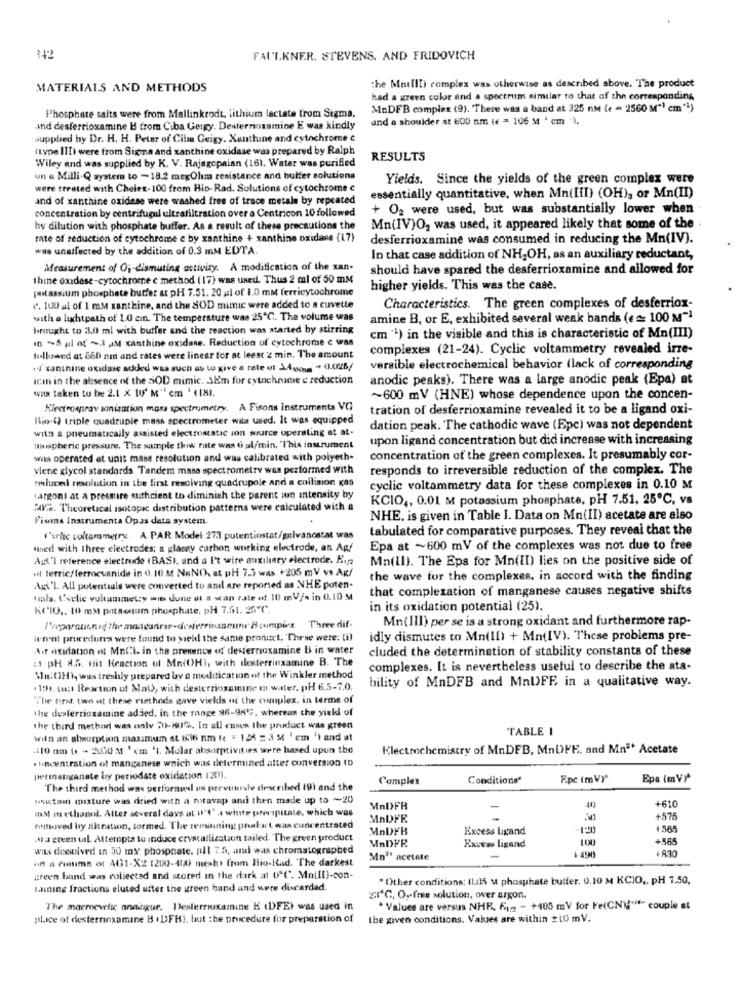
₹42
FAULKNER. STEVENS. AND FRIDOVICH
MATERIALS AND METHODS
the Mntllli complex was otherwise as described above. The product
had a green color and a spectrum similar to that of the corresponding
MnDEB complex (9). "There was a band at 325 nm (e = 2560 M"1 cm"1)
Phosphate saits were from Mallinkrodt, lithium lactate from Sigma,
und a shoulder at 600 nm ( = 106 M ' cm ).
.ind desferrioxamine B trom Ciba Geigy. Desferriozamine E was kindly
supplied by Dr. H. H. Peter of Ciba Geigy. Xanthine and cytochrome c
(type III) were from Sigma and xanthine oxidase was prepared by Ralph
Wiley and was supplied by K. V. Rajagopalan (161. Water was purified
RESULTS
un a Milli-Q system to -18.2 mexOhm resistance and butter solutions
Yields. Since the yields of the green complex were
were treated with Cheles-100 from Hip-Rad. Solutions of cytochrome e
and of xanthine oxidase were washed free of trace metals by repeated
essentially quantitative, when Mn(III) (OH), or Mn(II)
concentration by centrifugal ultrafiltration over a Centricon 10 followed
+ O2 were used, but was substantially lower when
hy dilution with phosphate buffer. As a result of these precautions the
Mn(IV)O, was used, it appeared likely that some of the .
rate of reduction of cytochrome e by xanthine + xanthine oxidane (17)
desferrioxamine was consumed in reducing the Mn(IV).
was unwifected by the addition of 0.3 mM EDTA.
In that case addition of NH2OH, as an auxiliary reductant,
Measurement of Oj-dismuting activity. A modification of the xan-
should have spared the desferrioxamine and allowed for
thine oxidase-cytochrome c method (17) was used. Thus 2 ml of 50 mM
potassium phosphate butter at pH 7.51. 20 al of 1.0 mM (erricytochrome
higher yields. This was the case.
e. 100 al of 1 mM xanthine, and the SOD mimic were added to a cuvette
Characteristics. The green complexes of desferriox-
with e lightpath of 1.0 cm. The temperature was 25℃. The volume was
amine B, or E, exhibited several weak bands (€= 100 M"]
brought to :10 ml with butter and the reaction was started by stirring
in >A pil of >it JM xanthine oxidune. Reduction of cytochrome c was
cm "') in the visible and this is characteristic of Mn(III)
complexes (21-24). Cyclic voltammetry revealed irze-
followed at 660 ne and rates were linear for at leest 2 min. The amount
+4 xanthine oxidase added was such as to give a rete of 34som - (.025/
versible electrochemical behavior (lack of corresponding
iran in the absence of the SOD mimic. alm for cytochrome c reduction
anodic peaks). There was a large anodic peak (Epa) at
was taken to be 2.1 x 10' M" em ' (181.
~600 mV (HNE) whose dependence upon the concen-
Hiretrospray sonization mass spectrometry. A Fisons instruments VG
tration of desferrioxamine revealed it to be a ligand oxi-
Rio-4) triple quadruple mass spectrometer wia used. It was equipped
with a pneumatically assisted electromatic ion source operating st at.
dation peak. The cathodic wave (Epc) was not dependent
upon ligand concentration but did increase with increasing
wwwspheric pressure. The sample tkiw rate was 6 ul/min. "This instrument
wiis operated at unit mase resolution and was calibrated with polyeth-
concentration of the green complexes. It presumably cor-
ylene glycol standards. Tandem mass spectrometry was performed with
responds to irreversible reduction of the complex. The
resluced resolution in the first resolving quadrupole and a collision Kas
cyclic voltammetry data for these complexes in 0.10 M
targoni at a pressure sufficient to diminish the parent Jon Intensity by
KCIO ,, 0.01 M potassium phosphate, pH 7.51, 25℃, vs
fore. Theoretical isotopic distribution patterns were calculated with a
Fisans Instrumenta Opas data system.
NHE. is given in Table I. Data on Mn(II) acetate are also
tabulated for comparative purposes. They reveal that the
I'ulic voltammetry. A PAR Model 273 potentiostat/gelvanostat was
used with three electrodes; a glassy carbon working electrode, an Ap/
Epa at ~600 mV of the complexes was not due to free
Agf'I reference electrode (BAS), and a I't wire auxiliary electrode. Hisz
Mn(ll). The Epa for Mn(II) lies on the positive side of
.it ferric/fermevanide in 0.10 M NRNO), at pH 7.5 was +205 mV vs AR/
the wave for the complexes, in accord with the finding
Agt'L All potentiale were converted to and are reported as NHE poten-
that complezation of manganese causes negative shifts
tals. Cvclic voltammetry wie dune at a scan rate of 10 mV/s in 0.10 M
KCIO ,. 10 mm potassium phosphate, pH 7.61. 25"℃".
in its oxidation potential (25).
Mn(III) per se is a strong oxidant and furthermore rap-
Preparationed the mantanrar-diesferrissamme Boumpiex. Three dif-
ien'nt procedures were found to yiell the same product. 'These were: (i)
idly dismutes to Mn(ll) + Mn(IV). These problems pre-
Aif oxidation od MnCl. in the presence of desterroxamine B in water
cluded the determination of stability constants of these
: pH A.G. this Reaction uf Mn(OH), with desterrinxamine B. The
complexes. It is nevertheless useful to describe the sta-
Mu: (H), was treshly prepared uv a modification of the Winkler method
bility of MnDFB and MnUFE in a qualitative way.
1 1th. (a: Reaction of Mal), with desterrioxamine m water. pH 6.5-7.0.
"The first two at these rietheds gave vields of the complex, in terms of
the dexferrioxamine added. in the range 96-9H, whereas the yiekl of
the third methori was only 70-80%, In all cases the product was green
TABLE I
with an abeurption maximum at tit nm te " 124 = 3 M ' em ') and at
-: 10 mm te - 2050 M ' cto '1. Molar absorptivities were based upon the
Klectrochemistry of MnDFB, MnDFE, and Mn" Acetate
.tincentration of manganese which was determined alter conversion to
permanganate by periodare oxidation 120).
Complex
Conditions*
Fpc (mVY"
Epa (mV)*
"The third method was performed us previously described (9) and the
nsutan mixture was dried with a rotavap and then made up to ~20
+610
mM m ethanol. After several days at I"(" , white precipitate, which was
MnDFR
MADFR
+575
filtloved by filtration, tormed. The remaining prakurt was concentrated
MADFB
Excess ligand
+565
. a green uil. Attempts to induce crystallization tailed. The green product
MADFR
100
+565
wits dissolved in 30 my phosphate. pll 7.5, and was chromatographed
Excess ligand
+ 8.10
af a cuitima of At31-X2 (200-400) meshi from Bio-Rad. "The darkest
Mn" acetate
green band was roliected and stored in the dark at U"(". Moill)-con-
" Other conditions: (huls M phosphate butter. 0.10 M KCIO ,, PH 7.50,
laining fractions eluted uiter the green hand and were discarded.
"℃, O ,- free solution, over argon.
The macroevetsc anningue. Deslerrouxamine K (DFE) was used in
* Values are versus NHR. 612 - +105 mV for Fe(CN)""- couple at
place of desternoxamine H . DFH), but the procedure for preparation of
the given conditions. Values are within 210 mV.